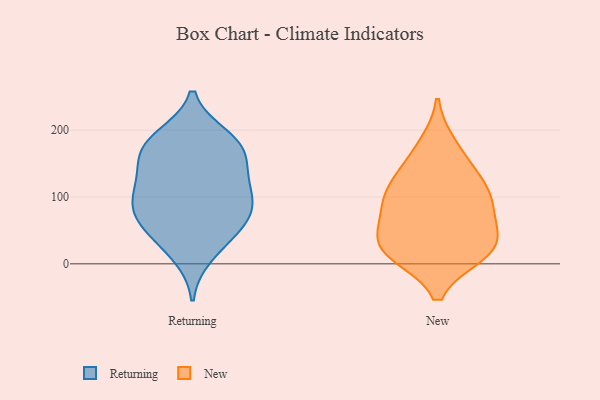
{"axis": {"x": "Customer Acquisition Cost (USD)", "y": "Value"}, "legend": ["New", "Returning"], "data": [{"x": "", "y": 182, "type": "Returning"}, {"x": "", "y": 190, "type": "Returning"}, {"x": "", "y": 169, "type": "Returning"}, {"x": "", "y": 71, "type": "Returning"}, {"x": "", "y": 13, "type": "Returning"}, {"x": "", "y": 131, "type": "Returning"}, {"x": "", "y": 89, "type": "Returning"}, {"x": "", "y": 132, "type": "Returning"}, {"x": "", "y": 44, "type": "Returning"}, {"x": "", "y": 164, "type": "Returning"}, {"x": "", "y": 88, "type": "Returning"}, {"x": "", "y": 72, "type": "Returning"}, {"x": "", "y": 43, "type": "Returning"}, {"x": "", "y": 181, "type": "Returning"}, {"x": "", "y": 120, "type": "Returning"}, {"x": "", "y": 93, "type": "Returning"}, {"x": "", "y": 16, "type": "New"}, {"x": "", "y": 34, "type": "New"}, {"x": "", "y": 74, "type": "New"}, {"x": "", "y": 177, "type": "New"}, {"x": "", "y": 17, "type": "New"}, {"x": "", "y": 31, "type": "New"}, {"x": "", "y": 23, "type": "New"}, {"x": "", "y": 118, "type": "New"}, {"x": "", "y": 147, "type": "New"}, {"x": "", "y": 77, "type": "New"}, {"x": "", "y": 105, "type": "New"}, {"x": "", "y": 103, "type": "New"}]}